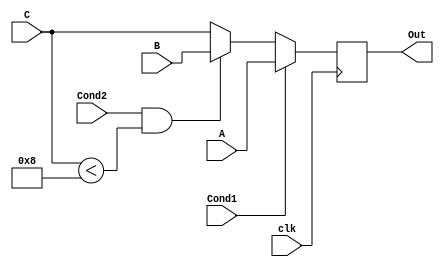
module randomlogic_1(
output	reg	[7:0]	Out,
input		[7:0]	A, B, C,
input				clk,
input				Cond1, Cond2
);

always @(posedge clk)
	if (Cond1)
		Out <= A;
	else if (Cond2 && (C < 8))
		Out <= B;
	else
		Out <= C;

endmodule